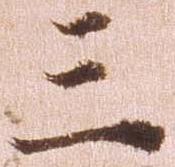
三